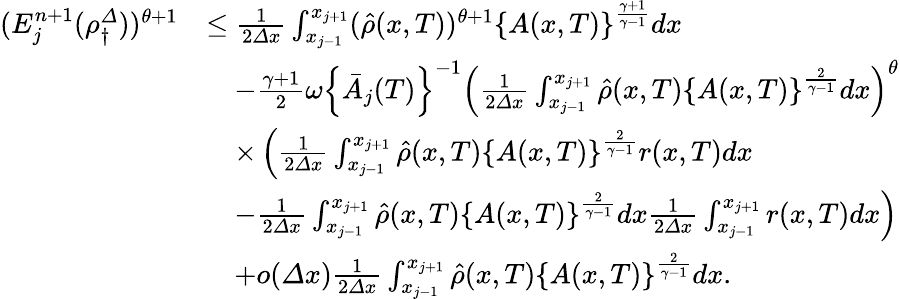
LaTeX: \begin{array}{rl}{(E_{j}^{n+1}(\rho_{\dagger}^{\varDelta}))^{\theta+1}}&{\leq\frac 1{2{\varDelta}x}\int_{x_{j-1}}^{x_{j+1}}(\hat{\rho}(x,T))^{\theta+1}\left\{ A(x,T)\right\} ^{\frac{\gamma+1}{\gamma-1}}dx}\\ &{\quad-\frac{\gamma+1}{2}\omega\left\{ \bar{A}_{j}(T)\right\} ^{-1}\left(\frac 1{2{\varDelta}x}\int_{x_{j-1}}^{x_{j+1}}\hat{\rho}(x,T)\left\{ A(x,T)\right\} ^{\frac{2}{\gamma-1}}dx\right)^{\theta}}\\ &{\quad\times\left(\frac 1{2{\varDelta}x}\int_{x_{j-1}}^{x_{j+1}}\hat{\rho}(x,T)\left\{ A(x,T)\right\} ^{\frac{2}{\gamma-1}}r(x,T)dx\right.}\\ &{\left.\quad-\frac 1{2{\varDelta}x}\int_{x_{j-1}}^{x_{j+1}}\hat{\rho}(x,T)\left\{ A(x,T)\right\} ^{\frac{2}{\gamma-1}}dx\frac 1{2{\varDelta}x}\int_{x_{j-1}}^{x_{j+1}}r(x,T)dx\right)}\\ &{\quad+o({\varDelta}x)\frac 1{2{\varDelta}x}\int_{x_{j-1}}^{x_{j+1}}\hat{\rho}(x,T)\left\{ A(x,T)\right\} ^{\frac{2}{\gamma-1}}dx.}\end{array}